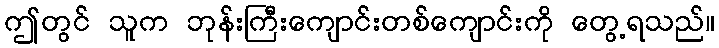
ဤတွင် သူက ဘုန်းကြီးကျောင်းတစ်ကျောင်းကို တွေ့ရသည်။